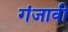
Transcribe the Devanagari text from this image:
गंजावी